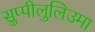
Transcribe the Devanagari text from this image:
सुप्पीलुलिउमा